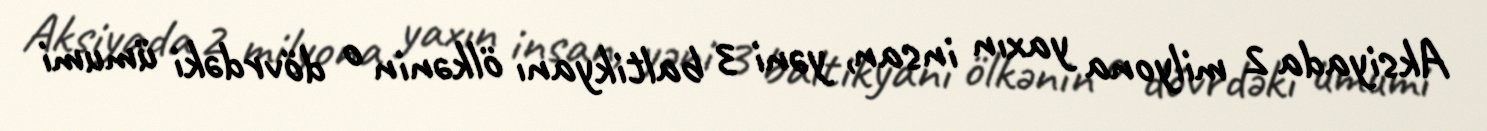
Aksiyada 2 milyona yaxın insan, yəni 3 baltikyanı ölkənin o dövrdəki ümumi